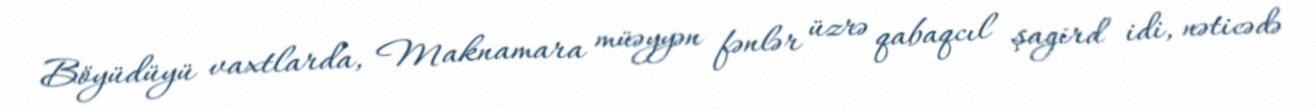
Böyüdüyü vaxtlarda, Maknamara müəyyən fənlər üzrə qabaqcıl şagird idi, nəticədə